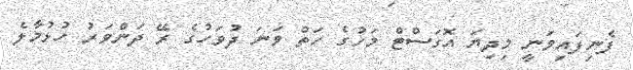
ފެނިފައިވަނީ މިދިޔަ އޮގަސްޓް މަހުގެ ހަތް ވަނަ ދުވަހުގެ ރޭ ދަންވަރު ހުޅުމާލެ